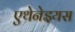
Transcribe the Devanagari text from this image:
एथेनेइयस